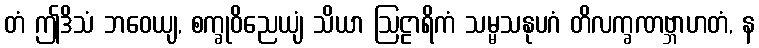
တံ ဤဒိသံ ဘဝေယျ, စက္ခုဝိညေယျံ သိယာ ဩဠာရိကံ သမ္မသနုပဂံ တိလက္ခဏဗ္ဘာဟတံ, န